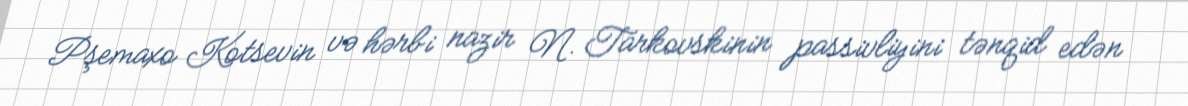
Pşemaxo Kotsevin və hərbi nazir N. Tarkovskinin passivliyini tənqid edən